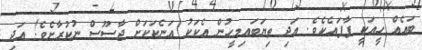
ބައެއް ހީއަކީ ފާފައެކެވެ. އަދި ތިޔަބައިމީހުން އެކަކު އަނެކަކަށް ޖާސޫސް ނުކުރާށެވެ! އަދި